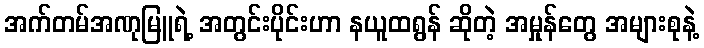
အက်တမ်အဏုမြူရဲ့ အတွင်းပိုင်းဟာ နယူထရွန် ဆိုတဲ့ အမှုန်တွေ အများစုနဲ့